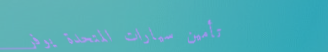
تأمين سيارات المتحدة يوفر